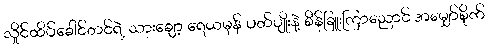
လှိုင်ထိပ်ခေါင်တင်ရဲ့ သားချော့ ရေယမုန် ပတ်ပျိုးနဲ့ စိန်ခြူးကြာညောင် အမျှော်စိုက်